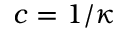
c = 1 / \kappa